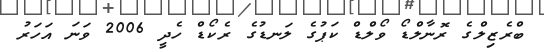
ބްރެޒިލްގެ ރޮނާލްޑޯ ވޯލްޑް ކަޕުގެ ލަނޑުގެ ރެކޯޑް ހެދީ 2006 ވަނަ އަހަރު